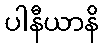
ပါနီယာနိ